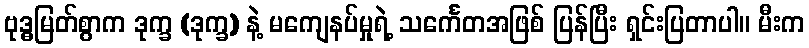
ဗုဒ္ဓမြတ်စွာက ဒုက္ခ (ဒုက္ခ) နဲ့ မကျေနပ်မှုရဲ့ သင်္ကေတအဖြစ် ပြန်ပြီး ရှင်းပြတာပါ။ မီးက